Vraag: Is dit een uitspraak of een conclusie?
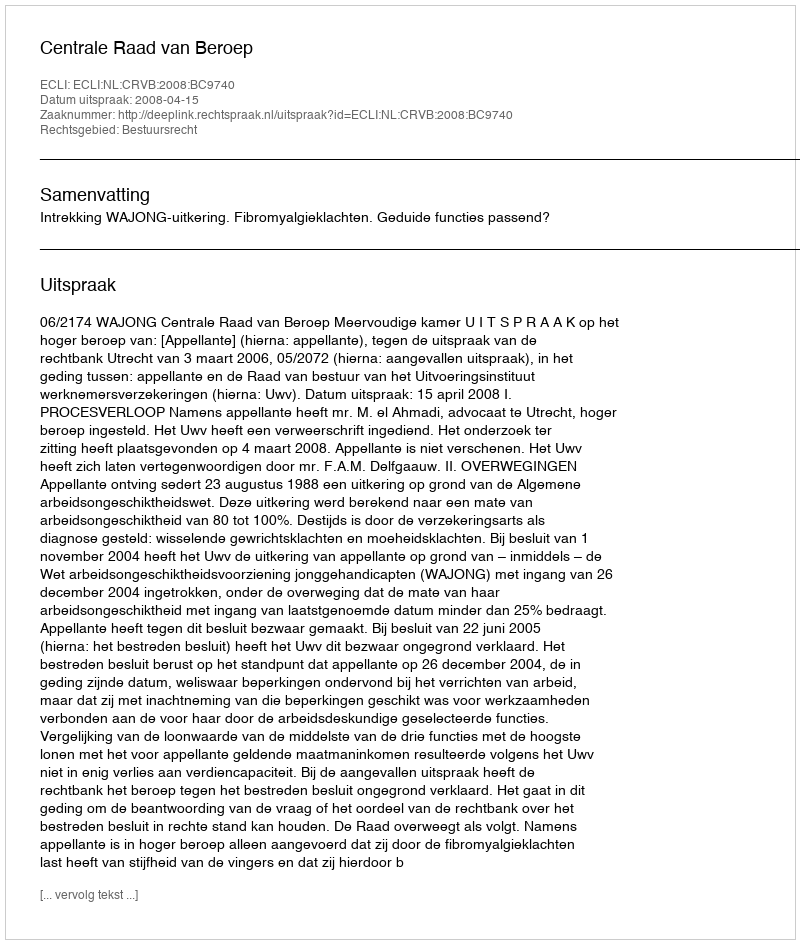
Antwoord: Uitspraak